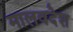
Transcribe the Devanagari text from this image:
मालवदेश